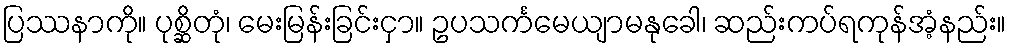
ပြဿနာကို။ ပုစ္ဆိတုံ၊ မေးမြန်းခြင်းငှာ။ ဥပသင်္ကမေယျာမနုခေါ၊ ဆည်းကပ်ရကုန်အံ့နည်း။